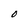
Character: O